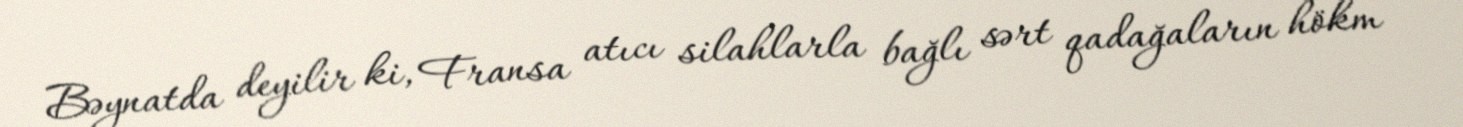
Bəynatda deyilir ki, Fransa atıcı silahlarla bağlı sərt qadağaların hökm